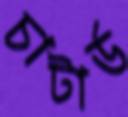
চাটার্ড